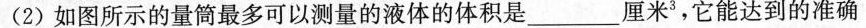
(2)如图所示的量筒最多可以测量的液体的体积是___厘米^3，它能达到的准确